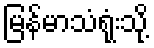
မြန်မာသံရုံးသို့